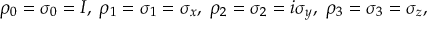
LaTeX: \rho _ { 0 } = \sigma _ { 0 } = I , \; \rho _ { 1 } = \sigma _ { 1 } = \sigma _ { x } , \; \rho _ { 2 } = \sigma _ { 2 } = i \sigma _ { y } , \; \rho _ { 3 } = \sigma _ { 3 } = \sigma _ { z } , \;